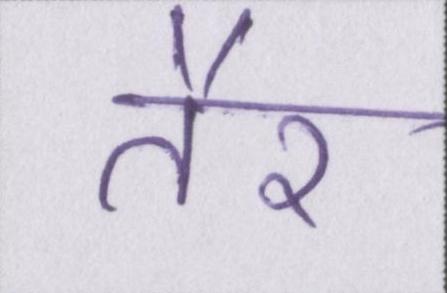
तैर